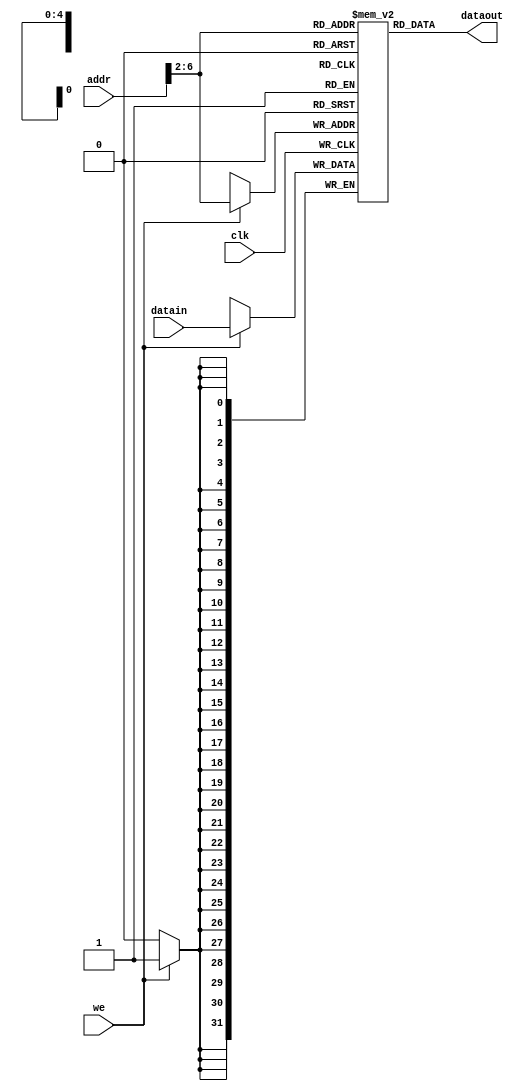
module scd_intr (clk,dataout,datain,addr,we);
    input clk;
    input we;
    input [31:0] datain;
    input [31:0] addr;
    output [31:0] dataout;
    reg [31:0] ram[0:31];

    assign dataout = ram[addr[6:2]];

    always @ (posedge clk)
        if (we) ram[addr[6:2]] = datain;
    
    integer i;
    initial begin
      for (i = 0; i < 32; i = i + 1)
        ram[i] = 0;
        // ram[word_addr] = data
        ram[5'h8]  = 32'h00000030;
        ram[5'h9]  = 32'h0000003c;
        ram[5'ha]  = 32'h00000054;
        ram[5'hb]  = 32'h00000068;

        ram[5'h12] = 32'h00000002;
        ram[5'h13] = 32'h7fffffff;
        ram[5'h14] = 32'h000000a3;
        ram[5'h15] = 32'h00000027;
        ram[5'h16] = 32'h00000079;
        ram[5'h17] = 32'h00000115;

        // ram[5'h18] should be 0x00000258, the sum stored by sw instruction
    end
endmodule